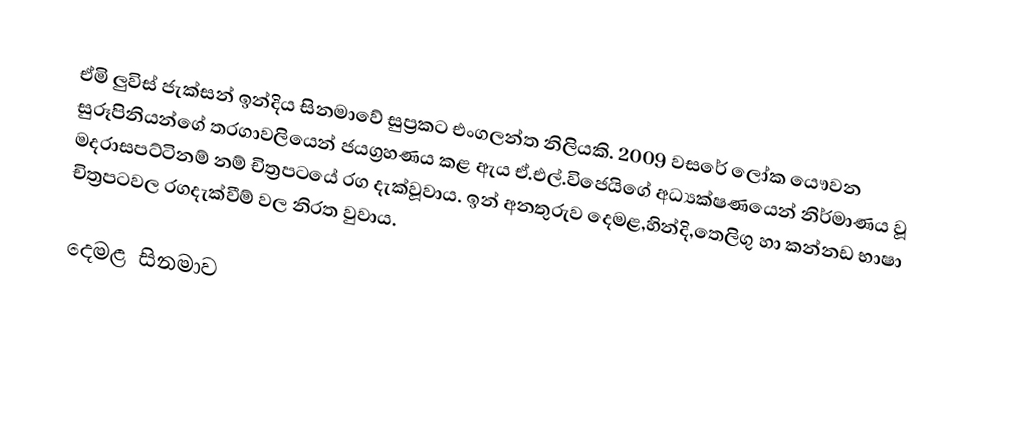
ඒමි ලුවිස් ජැක්සන් ඉන්දිය සිනමාවේ සුප්‍රකට එංගලන්ත නිලියකි. 2009 වසරේ ලෝක යෞවන සුරූපිනියන්ගේ තරගාවලියෙන් ජයග්‍රහණය කළ ඇය ඒ.එල්.විජෙයිගේ අධ්‍යක්ෂණයෙන් නිර්මාණය වූ මදරාසපට්ටිනම් නම් චිත්‍රපටයේ රග දැක්වූවාය. ඉන් අනතුරුව දෙමළ,හින්දි,තෙලිගු හා කන්නඩ භාෂා චිත්‍රපටවල රගදැක්වීම් වල නිරත වුවාය.

දෙමළ සිනමාව